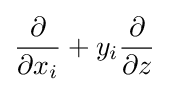
{\frac {\partial }{\partial x_{i}}}+y_{i}{\frac {\partial }{\partial z}}